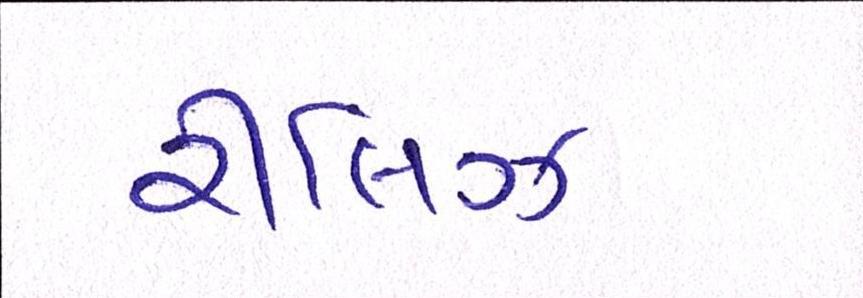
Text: રીલિઝ